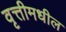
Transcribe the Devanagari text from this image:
वृत्तीमधील